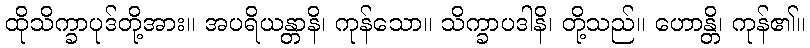
ထိုသိက္ခာပုဒ်တို့အား။ အပရိယန္တာနိ၊ ကုန်သော။ သိက္ခာပဒါနိ၊ တို့သည်။ ဟောန္တိ၊ ကုန်၏။